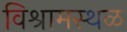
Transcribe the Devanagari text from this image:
विश्रामस्थळ